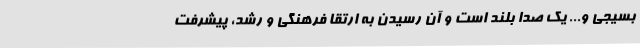
بسیجی و... یک صدا بلند است و آن رسیدن به ارتقا فرهنگی و رشد، پیشرفت